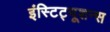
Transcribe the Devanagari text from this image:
इंस्टिट्यूशन्स